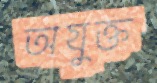
অযুক্ত